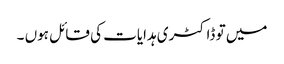
میں تو ڈاکٹری ہدایات کی قائل ہوں ۔